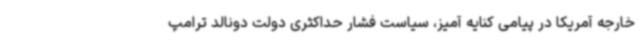
خارجه آمریکا در پیامی کنایه آمیز، سیاست فشار حداکثری دولت دونالد ترامپ